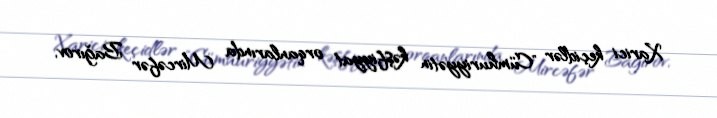
Xarici keçidlər "Cümhuriyyətin kəşfiyyat orqanlarında Mircəfər Bağırov,